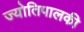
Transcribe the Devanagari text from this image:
ज्योतिपालकी